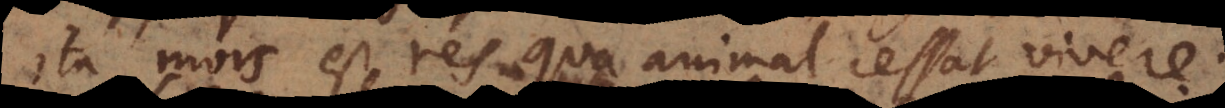
Ita mors est res qua animal cessat vivere.